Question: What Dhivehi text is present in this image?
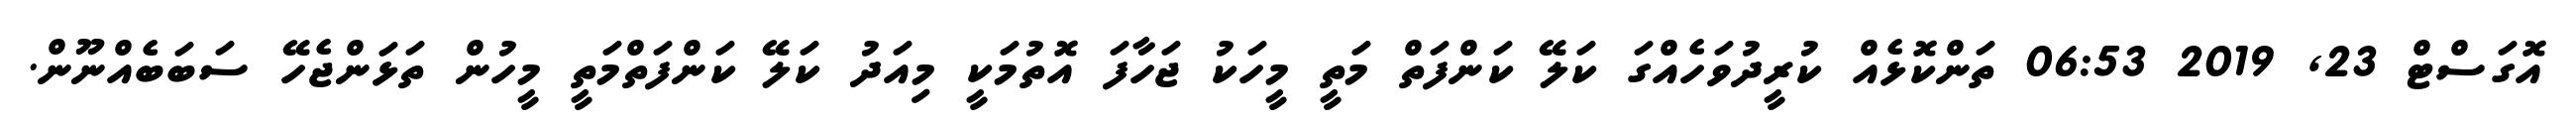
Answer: އޮގަސްޓް 23, 2019 06:53 ތަންކޮޅެއް ކުރީދުވަހެއްގަ ކަލޭ ކަންފަތް މަތީ މީހަކު ޖަހާފަ އޮތުމަކީ މިއަދު ކަލޭ ކަންފަތްމަތީ މީހުން ތަޅަންޖެހޭ ސަބަބެއްނޫން.